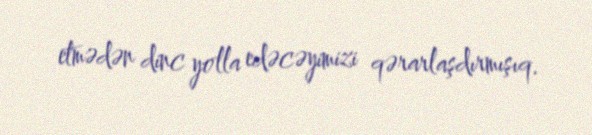
etmədən dinc yolla edəcəyimizi qərarlaşdırmışıq.